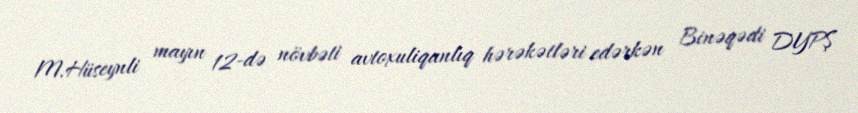
M.Hüseynli mayın 12-də növbəti avtoxuliqanlıq hərəkətləri edərkən Binəqədi DYPŞ